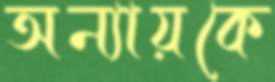
অন্যায়কে